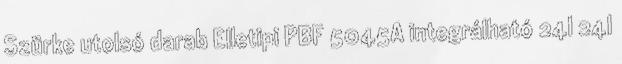
Szürke utolsó darab Elletipi PBF 5045A integrálható 24l 24l